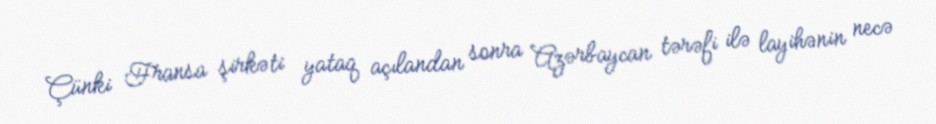
Çünki Fransa şirkəti yataq açılandan sonra Azərbaycan tərəfi ilə layihənin necə